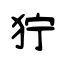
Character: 狞